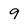
Character: 9